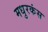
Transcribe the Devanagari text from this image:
मधुरकंस